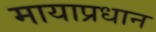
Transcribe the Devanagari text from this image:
मायाप्रधान